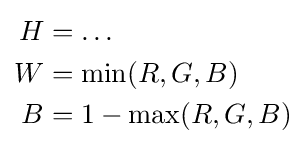
{\begin{aligned}H&=\ldots \\W&=\min(R,G,B)\\B&=1-\max(R,G,B)\end{aligned}}